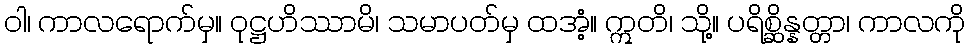
ဝါ၊ ကာလရောက်မှ။ ဝုဋ္ဌဟိဿာမိ၊ သမာပတ်မှ ထအံ့။ ဣတိ၊ သို့။ ပရိစ္ဆိန္နတ္တာ၊ ကာလကို